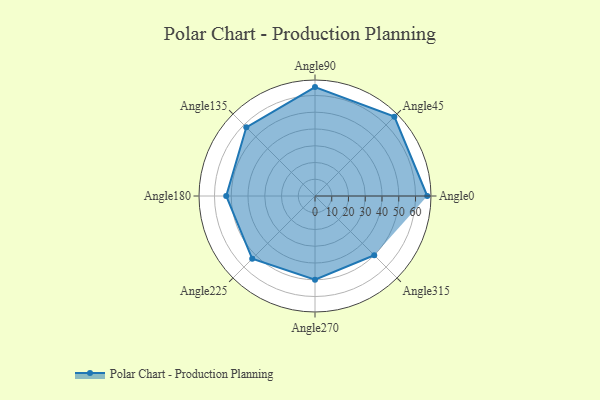
{"axis": {"x": "Angle", "y": "Radius"}, "legend": [""], "data": [{"x": "Angle0", "y": 67.0, "type": ""}, {"x": "Angle45", "y": 67.0, "type": ""}, {"x": "Angle90", "y": 65.0, "type": ""}, {"x": "Angle135", "y": 58.0, "type": ""}, {"x": "Angle180", "y": 53.0, "type": ""}, {"x": "Angle225", "y": 53.0, "type": ""}, {"x": "Angle270", "y": 50, "type": ""}, {"x": "Angle315", "y": 50, "type": ""}]}